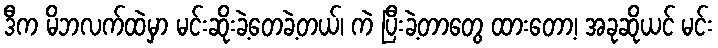
ဒီက မိဘလက်ထဲမှာ မင်းဆိုးခဲ့တေခဲ့တယ်၊ ကဲ ပြီးခဲ့တာတွေ ထားတော့၊ အခုဆိုယင် မင်း